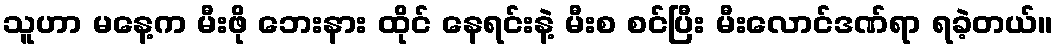
သူဟာ မနေ့က မီးဖို ဘေးနား ထိုင် နေရင်းနဲ့ မီးစ စင်ပြီး မီးလောင်ဒဏ်ရာ ရခဲ့တယ်။